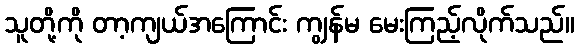
သူတို့ကို တာ့ကျယ်အကြောင်း ကျွန်မ မေးကြည့်လိုက်သည်။